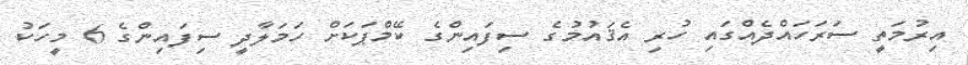
އިރުމަތީ ސަރަހައްދެއްގައި ހުރި އެޤައުމުގެ ސިފައިންގެ ކޭމްޕަކަށް ހަމަލާދީ ސިފައިންގެ 6 މީހަކު